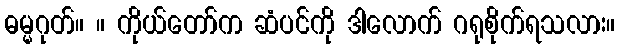
ဓမ္မဂုတ်။ ။ ကိုယ်တော်က ဆံပင်ကို ဒါလောက် ဂရုစိုက်ရသလား။